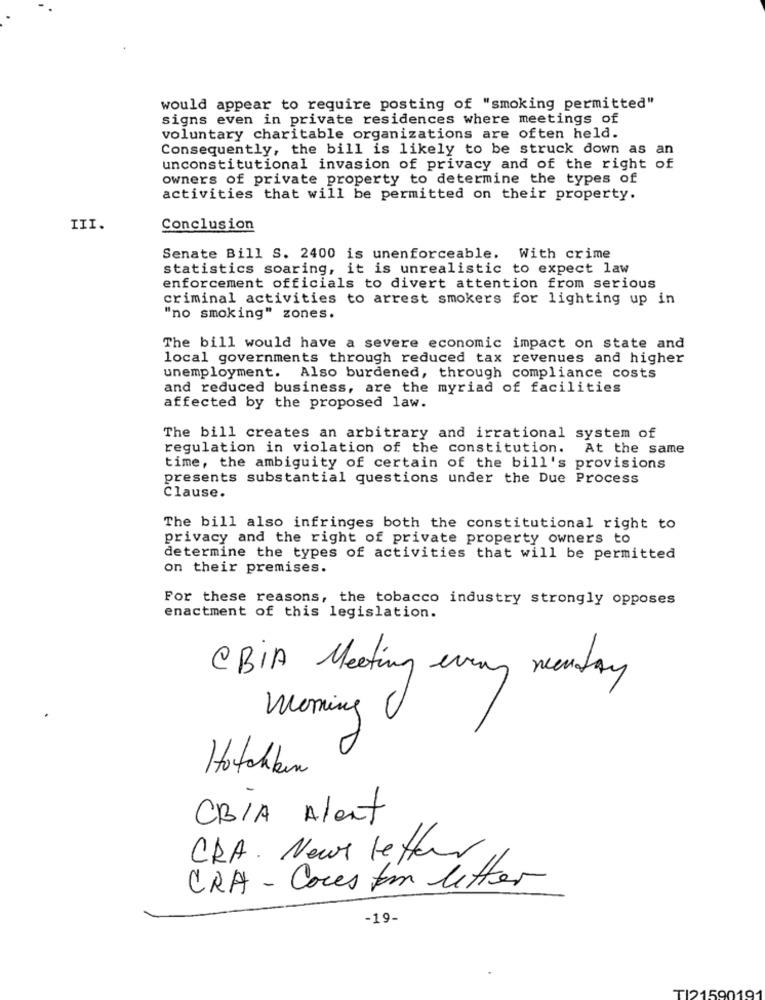
would appear to require posting of "smoking permitted"
signs even in private residences where meetings of
voluntary charitable organizations are often held.
Consequently, the bill is likely to be struck down as an
unconstitutional invasion of privacy and of the right of
owners of private property to determine the types of
activities that will be permitted on their property.
III.
Conclusion
Senate Bill S. 2400 is unenforceable. With crime
statistics soaring, it is unrealistic to expect law
enforcement officials to divert attention from serious
criminal activities to arrest smokers for lighting up in
"no smoking" zones.
The bill would have a severe economic impact on state and
local governments through reduced tax revenues and higher
unemployment. Also burdened, through compliance costs
and reduced business, are the myriad of facilities
affected by the proposed law.
The bill creates an arbitrary and irrational system of
regulation in violation of the constitution.
At the same
time, the ambiguity of certain of the bill's provisions
presents substantial questions under the Due Process
Clause.
The bill also infringes both the constitutional right to
privacy and the right of private property owners to
determine the types of activities that will be permitted
on their premises.
For these reasons, the tobacco industry strongly opposes
enactment of this legislation.
CBIA Meeting every monday
Woning
Hotchbur
CB/A Alent
CRA. News letter
CRA - Cores tam letter
-19-
TI21590191